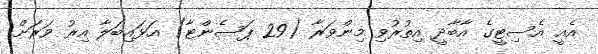
އެއީ އެސިޓީގެ އާބާދީ އިތުރުވި މިންވަރާ (29 ޕަސެންޓާ) އަޅައިބަލާ އިރު ވަރަށް